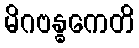
မိဂဗန္ဓကေတိ